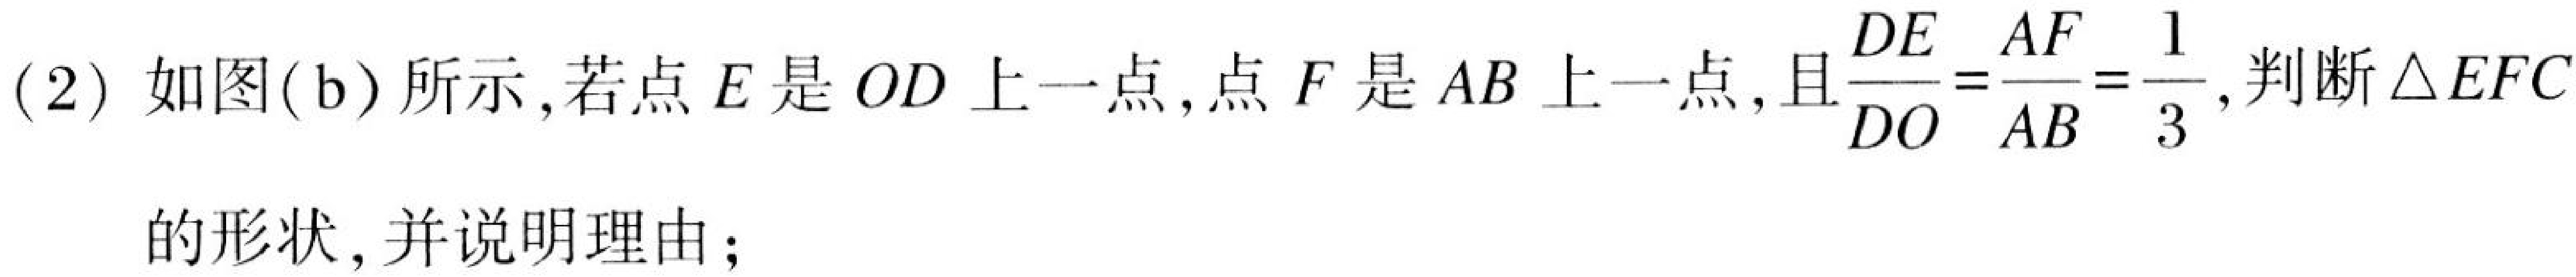
(2) 如图(b)所示,若点\(E\)是\(OD\)上一点,点\(F\)是\(AB\)上一点,且\(\frac{DE}{DO}=\frac{AF}{AB}=\frac{1}{3}\),判断\(\triangle EFC\)的形状,并说明理由;